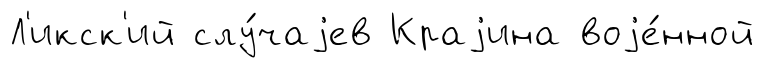
Л'икск'ий слу́чаjев Краjина воjе́нной